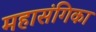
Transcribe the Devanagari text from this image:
महासंगिका